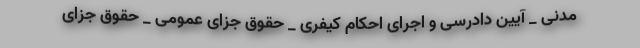
مدنی _ آیین دادرسی و اجرای احکام کیفری _ حقوق جزای عمومی _ حقوق جزای